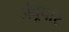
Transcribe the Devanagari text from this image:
जंबूपार